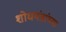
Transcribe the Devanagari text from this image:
शोधयंत्रांच्या